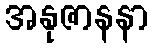
အနုဇာနနာ